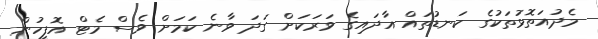
މެދުއަތޮޅުތަކުގެ ކަނޑުތައް އާދައިގެ ވަރަކަށް ގަދަ ވާނެ ކަމަށް ވެސް މެޓް އޮފީހުން